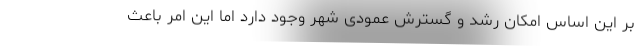
بر این اساس امکان رشد و گسترش عمودی شهر وجود دارد اما این امر باعث